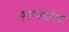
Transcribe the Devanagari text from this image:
शारचोप